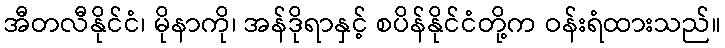
အီတလီနိုင်ငံ၊ မိုနာကို၊ အန်ဒိုရာနှင့် စပိန်နိုင်ငံတို့က ဝန်းရံထားသည်။